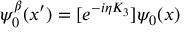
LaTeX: \psi _ { 0 } ^ { \beta } ( x ^ { \prime } ) = [ e ^ { - i \eta K _ { 3 } } ] \psi _ { 0 } ( x )